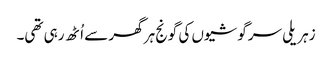
زہریلی سرگوشیوں کی گونج ہر گھر سے اُٹھ رہی تھی۔